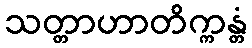
သတ္တာဟာတိက္ကန္တံ